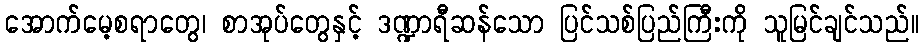
အောက်မေ့စရာတွေ၊ စာအုပ်တွေနှင့် ဒဏ္ဍာရီဆန်သော ပြင်သစ်ပြည်ကြီးကို သူမြင်ချင်သည်။